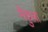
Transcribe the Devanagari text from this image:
मैकुला